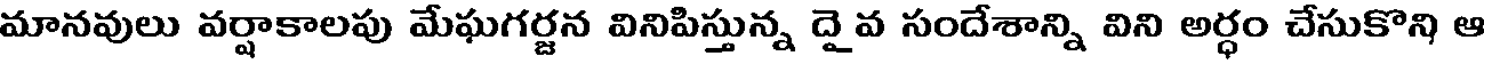
మానవులు వర్షాకాలపు మేఘగర్జన వినిపిస్తున్న దై వ సందేశాన్ని విని అర్ధం చేసుకొని ఆ